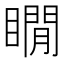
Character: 瞯